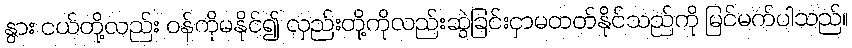
နွား ငယ်တို့လည်း ဝန်ကိုမနိုင်၍ လှည်းတို့ကိုလည်းဆွဲခြင်းငှာမတတ်နိုင်သည်ကို မြင်မက်ပါသည်။